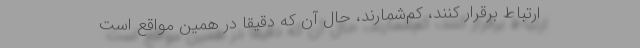
ارتباط برقرار کنند، کم‌شمارند، حال آن که دقیقاً در همین مواقع است